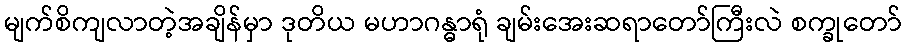
မျက်စိကျလာတဲ့အချိန်မှာ ဒုတိယ မဟာဂန္ဓာရုံ ချမ်းအေးဆရာတော်ကြီးလဲ စက္ခုတော်